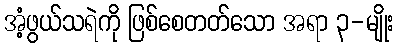
အံ့ဖွယ်သရဲကို ဖြစ်စေတတ်သော အရာ ၃-မျိုး